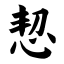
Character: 恝